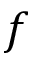
f